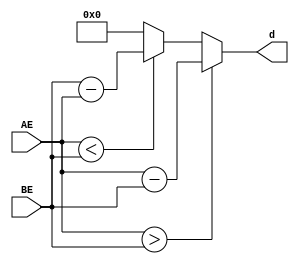
`timescale 1ns / 1ps
module align_1(
    input [7:0] BE,
    input [7:0] AE,
	 output reg [7:0] d
    );
	 
always @(AE,BE) begin
if (AE>BE) begin
d=AE-BE;
end
else if (AE<BE) begin
d=BE-AE;
end
else begin
d=8'b0;
end
end
endmodule